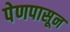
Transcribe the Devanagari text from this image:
पेणपासून